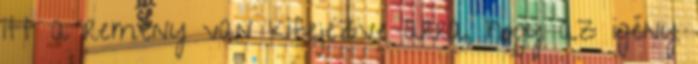
itt a remény van kifejezve arra, hogy az igény